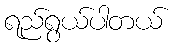
ရည်ရွယ်ပါတယ်